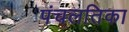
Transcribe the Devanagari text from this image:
पंचलतिका